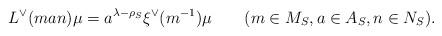
LaTeX: \begin{align*}L^{\vee}(man)\mu=a^{\lambda-\rho_{S}}\xi^{\vee}(m^{-1})\mu\qquad(m\in M_{S}, a\in A_{S},n\in N_{S}).\end{align*}